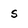
Character: S